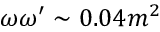
\omega \omega ^ { \prime } \sim 0 . 0 4 m ^ { 2 }